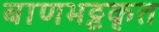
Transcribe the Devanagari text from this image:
बाणभट्टकृत